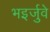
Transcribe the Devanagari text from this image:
भइर्जुवे